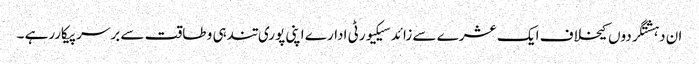
ان دہشتگردوں کیخلاف ایک عشرے سے زائد سیکیورٹی ادارے اپنی پوری تندہی و طاقت سے برسرپیکاررہے ۔